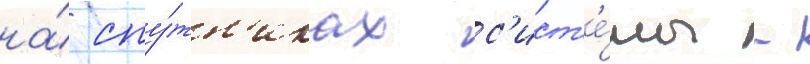
на́ спу́тн'иках с'ист'е́мы -